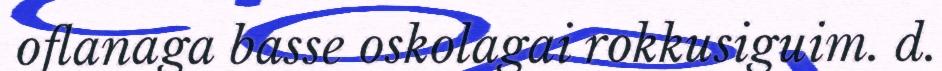
oflanaga basse oskolagai rokkusiguim. d.